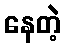
နေတဲ့